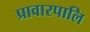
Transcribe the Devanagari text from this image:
प्रावारपालि